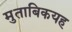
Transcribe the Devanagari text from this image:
मुताबिकयह